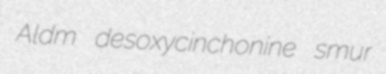
Aldm desoxycinchonine smur